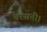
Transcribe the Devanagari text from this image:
बरसती।